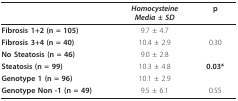
<table><thead><tr><td></td><td><b><i>Homocysteine</i><i>Media ± SD </i></b></td><td><b>p</b></td></tr></thead><tbody><tr><td><b>Fibrosis 1+2 (n = 105)</b></td><td>9.7 ± 4.7</td><td></td></tr><tr><td><b>Fibrosis 3+4 (n = 40)</b></td><td>10.4 ± 2.9</td><td>0.30</td></tr><tr><td><b>No Steatosis (n = 46)</b></td><td>9.0 ± 2.8</td><td></td></tr><tr><td><b>Steatosis (n = 99)</b></td><td>10.3 ± 4.8</td><td><b>0.03*</b></td></tr><tr><td><b>Genotype 1 (n = 96)</b></td><td>10.1 ± 2.9</td><td></td></tr><tr><td><b>Genotype Non -1 (n = 49)</b></td><td>9.5 ± 6.1</td><td>0.55</td></tr></tbody></table>